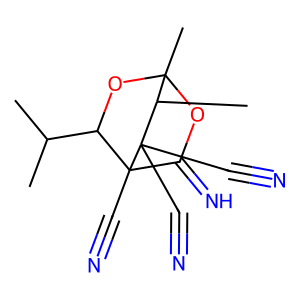
SMILES: CC(C)C1OC2(C)OC(=N)C1(C#N)C(C#N)(C#N)C2C
Inhibits HIV replication: No